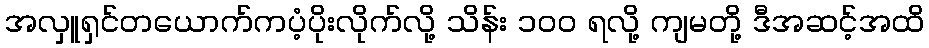
အလှူရှင်တယောက်ကပံ့ပိုးလိုက်လို့ သိန်း ၁၀၀ ရလို့ ကျမတို့ ဒီအဆင့်အထိ